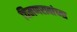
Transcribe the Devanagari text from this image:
चिमणरावांच्या